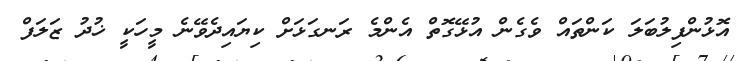
އޮޅުންފިލުބަލަ ކަންތައް ވެގެން އުޅޭގޮތް އެންމެ ރަނގަޅަށް ކިޔައިދެވޭނެ މީހަކީ ޚުދު ޒަލަފް